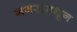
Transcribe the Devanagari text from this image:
नगरांमधून